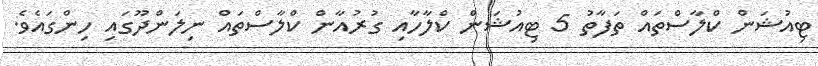
ޓިއުޝަން ކްލާސްތައް ތަފާތު 5 ޓިއުޝަން ކްލާހާއި ގުރުއާން ކްލާސްތައް ނިލަންދޫގައި ހިންގައެވެ.